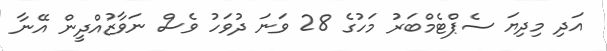
އަދި މިދިޔަ ސެޕްޓެމްބަރު މަހުގެ 28 ވަނަ ދުވަހު ވެސް ނަވާޒުއްދީން އޭނާ